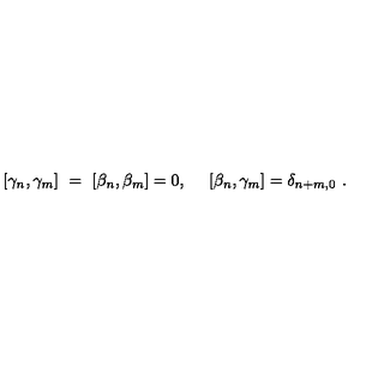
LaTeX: \left[ \gamma _ { n } , \gamma _ { m } \right] \ = \ \left[ \beta _ { n } , \beta _ { m } \right] = 0 , \quad \ \left[ \beta _ { n } , \gamma _ { m } \right] = \delta _ { n + m , 0 } \ .